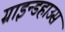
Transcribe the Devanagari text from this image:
ग्राइन्डहाउस